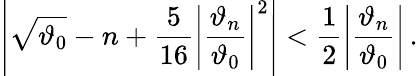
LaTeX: \left|\sqrt{\vartheta_{0}}-n+\frac{5}{16}\left|\frac{\vartheta_{n}}{\vartheta_{0}}\right|^{2}\right|<\frac{1}{2}\left|\frac{\vartheta_{n}}{\vartheta_{0}}\right|\, .